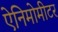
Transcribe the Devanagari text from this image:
ऐनिमोमीटर